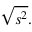
{ \sqrt { s ^ { 2 } } } .